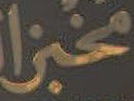
مخبز